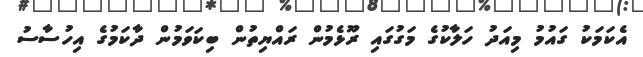
އެކަމަކު ގައުމު މިއަދު ހަލާކުގެ މަގުގައި ރޫޅެމުން ރައްޔިތުން ބިކަވަމުން ދާކަމުގެ އިހުސާސު